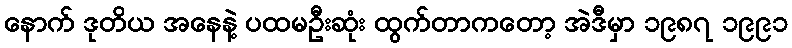
နောက် ဒုတိယ အနေနဲ့ ပထမဦးဆုံး ထွက်တာကတော့ အဲဒီမှာ ၁၉၈၇ ၁၉၉၁